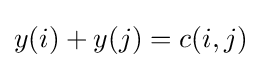
y(i)+y(j)=c(i,j)